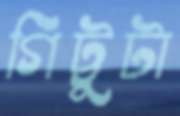
গিট্টুটা